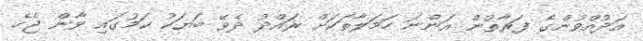
އަދުއްވުންގެ ފަރާތުން އަންނަ ހަމަލާތަކަށް ރައްދު ދެވޭ ބަޔަކު ކަމުގައި ވާން ޖެހެ